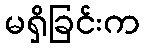
မရှိခြင်းက